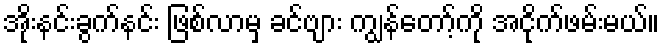
အိုးနင်းခွက်နင်း ဖြစ်လာမှ ခင်ဗျား ကျွန်တော့်ကို အငိုက်ဖမ်းမယ်။